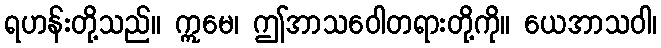
ရဟန်းတို့သည်။ ဣမေ၊ ဤအာသဝေါတရားတို့ကို။ ယေအာသဝါ၊